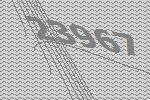
23967